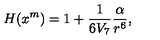
H ( x ^ { m } ) = 1 + \frac { 1 } { 6 V _ { 7 } } \frac { \alpha } { r ^ { 6 } } ,